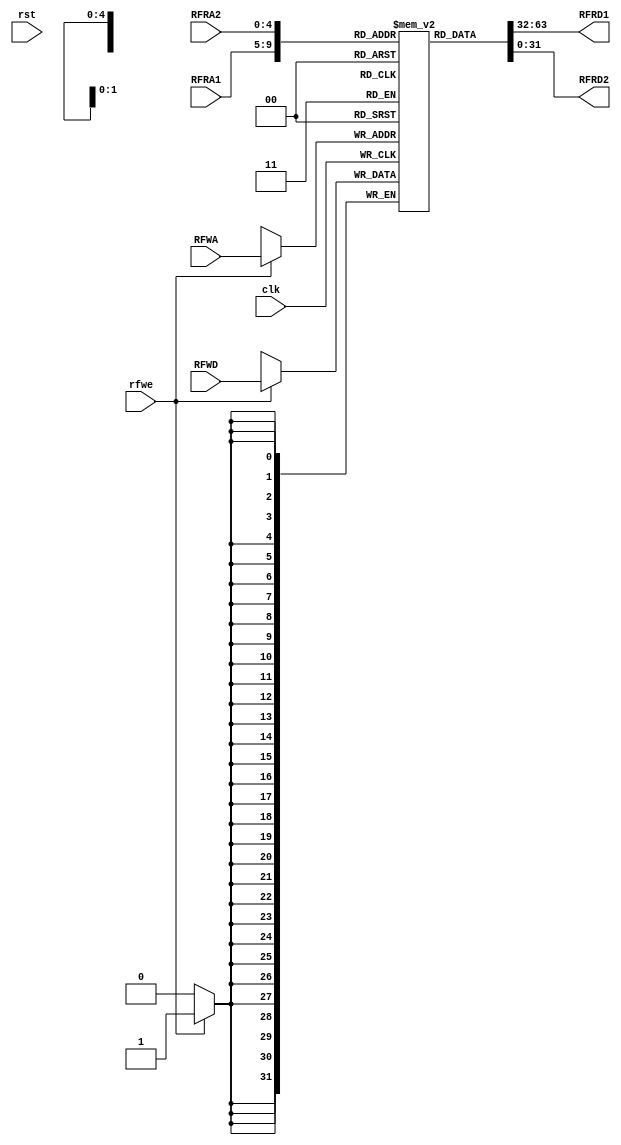
`timescale 1ns / 1ps
//////////////////////////////////////////////////////////////////////////////////
// Company: 
// Engineer: 
// 
// Design Name: 
// Module Name: RegisterFile
// Project Name: 
// Target Devices: 
// Tool Versions: 
// Description: 
// 
// Dependencies: 
// 
// Revision:
// Revision 0.01 - File Created
// Additional Comments:
// 
//////////////////////////////////////////////////////////////////////////////////


module RegisterFile(input clk, rfwe, rst,
                    input [4:0] RFRA1, RFRA2, RFWA, 
                    input signed [31:0] RFWD,
                    output signed [31:0] RFRD1, RFRD2);
                            
    reg [31:0] Registers [0:31];
    initial Registers[0] = 0;
	always@(posedge clk) begin
	   if (rfwe) Registers[RFWA] = RFWD;
	end

    assign RFRD1 = Registers[RFRA1];
	assign RFRD2 = Registers[RFRA2];
	
endmodule